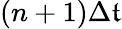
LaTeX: (n+1)\Delta\mathfrak{t}